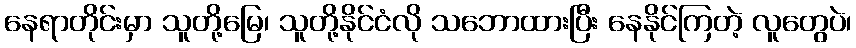
နေရာတိုင်းမှာ သူတို့မြေ၊ သူတို့နိုင်ငံလို သဘောထားပြီး နေနိုင်ကြတဲ့ လူတွေပဲ၊